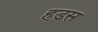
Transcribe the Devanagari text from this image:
हडस